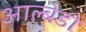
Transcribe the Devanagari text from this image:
आल्बेडो